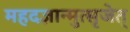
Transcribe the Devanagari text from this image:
महदज्ञान्मुत्सृजेत्